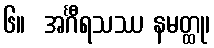
၆။  အင်္ဂီရသဿ နမတ္ထု၊